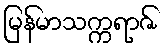
မြန်မာသက္ကရာဇ်